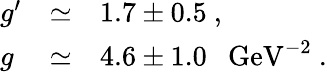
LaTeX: \begin{array}{llll}{{g^{\prime}}}&{{\simeq}}&{{1.7\pm 0.5~,}}\\ {{g}}&{{\simeq}}&{{4.6\pm 1.0~~~\mathrm{GeV}^{-2}~.}}\end{array}